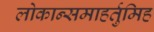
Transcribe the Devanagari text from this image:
लोकान्समाहर्तुमिह